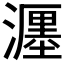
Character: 𤁄